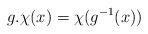
LaTeX: \begin{align*}g.\chi(x)=\chi(g^{-1}(x))\end{align*}